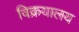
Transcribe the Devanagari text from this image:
विक्रयालय